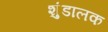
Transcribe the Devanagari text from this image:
शुंडालक